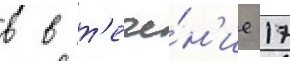
в в т'ече́н'ие 17